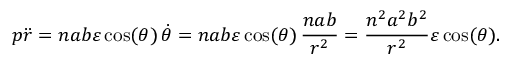
p { \ddot { r } } = n a b \varepsilon \cos ( \theta ) \, { \dot { \theta } } = n a b \varepsilon \cos ( \theta ) \, { \frac { n a b } { r ^ { 2 } } } = { \frac { n ^ { 2 } a ^ { 2 } b ^ { 2 } } { r ^ { 2 } } } \varepsilon \cos ( \theta ) .